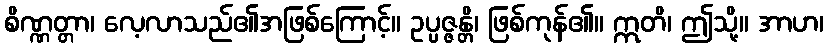
စိဏ္ဏတ္တာ၊ လေ့လာသည်၏အဖြစ်ကြောင့်။ ဥပ္ပဇ္ဇန္တိ၊ ဖြစ်ကုန်၏။ ဣတိ၊ ဤသို့။ အာဟ၊